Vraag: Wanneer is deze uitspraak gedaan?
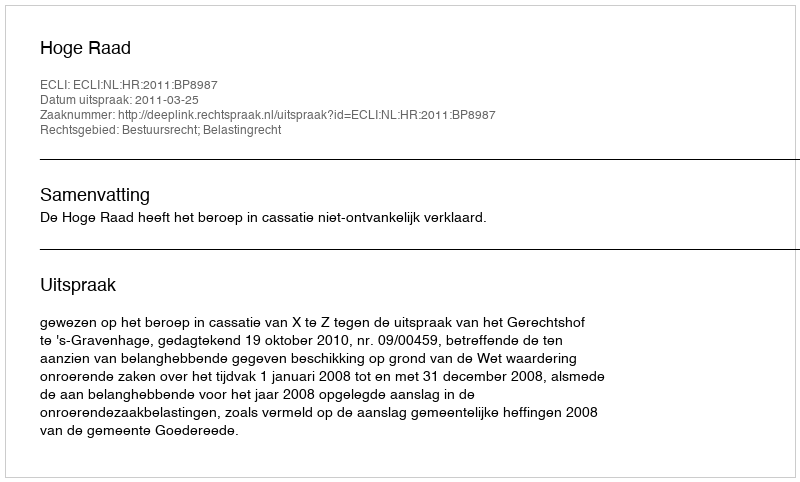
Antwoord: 2011-03-25